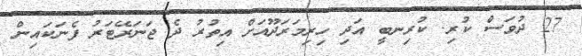
27 ދުވަސް ކުރި. ކުރިނބީ އަދި ހިރިމަރަދޫއަށް އިތުރު ދެ ޖަނަރޭޓަރު ފެނަކައިން